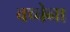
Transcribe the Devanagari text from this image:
वच्चेना